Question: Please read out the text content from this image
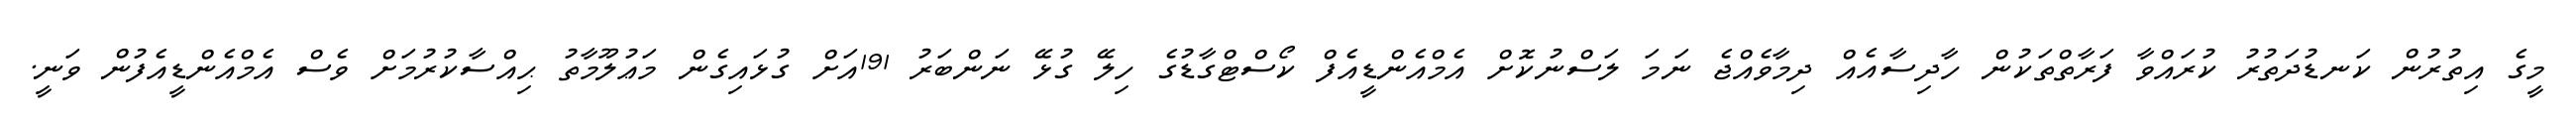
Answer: މީގެ އިތުރުން ކަނޑުދަތުރު ކުރައްވާ ފަރާތްތަކުން ހާދިސާއެއް ދިމާވެއްޖެ ނަމަ ލަސްނުކޮށް އެމްއެންޑީއެފް ކޯސްޓްގާޑުގެ ހިލޭ ގުޅޭ ނަންބަރު 191އަށް ގުޅައިގެން މަޢުލޫމާތު ޙިއްސާކުރުމަށް ވެސް އެމްއެންޑީއެފުން ވަނީ.